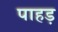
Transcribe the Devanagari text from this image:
पाहड़